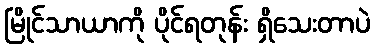
မြိုင်သာယာကို ပိုင်ရတုန်း ရှိသေးတာပဲ